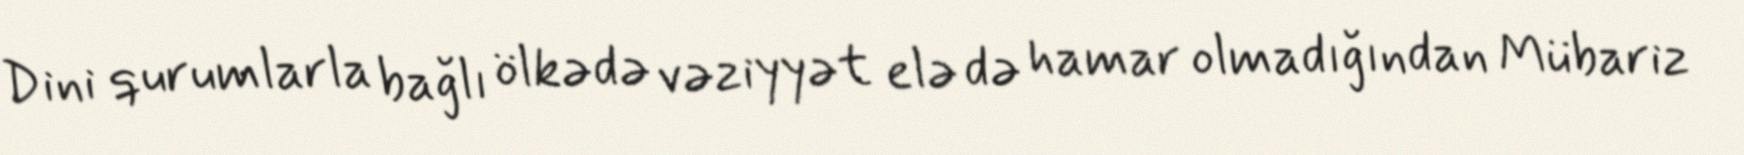
Dini qurumlarla bağlı ölkədə vəziyyət elə də hamar olmadığından Mübariz